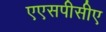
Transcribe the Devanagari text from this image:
एएसपीसीए